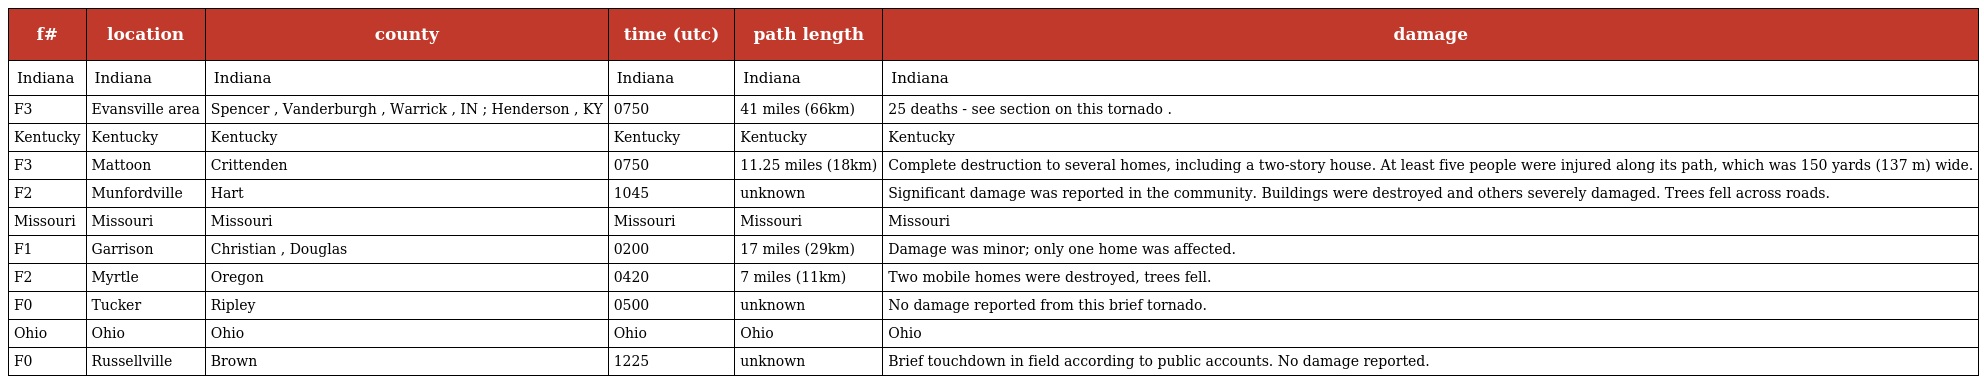
| f# | location | county | time (utc) | path length | damage |
 | --- | --- | --- | --- | --- | --- |
 | Indiana | Indiana | Indiana | Indiana | Indiana | Indiana |
 | F3 | Evansville area | Spencer , Vanderburgh , Warrick , IN ; Henderson , KY | 0750 | 41 miles (66km) | 25 deaths - see section on this tornado . |
 | Kentucky | Kentucky | Kentucky | Kentucky | Kentucky | Kentucky |
 | F3 | Mattoon | Crittenden | 0750 | 11.25 miles (18km) | Complete destruction to several homes, including a two-story house. At least five people were injured along its path, which was 150 yards (137 m) wide. |
 | F2 | Munfordville | Hart | 1045 | unknown | Significant damage was reported in the community. Buildings were destroyed and others severely damaged. Trees fell across roads. |
 | Missouri | Missouri | Missouri | Missouri | Missouri | Missouri |
 | F1 | Garrison | Christian , Douglas | 0200 | 17 miles (29km) | Damage was minor; only one home was affected. |
 | F2 | Myrtle | Oregon | 0420 | 7 miles (11km) | Two mobile homes were destroyed, trees fell. |
 | F0 | Tucker | Ripley | 0500 | unknown | No damage reported from this brief tornado. |
 | Ohio | Ohio | Ohio | Ohio | Ohio | Ohio |
 | F0 | Russellville | Brown | 1225 | unknown | Brief touchdown in field according to public accounts. No damage reported. |